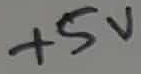
Text: +5V